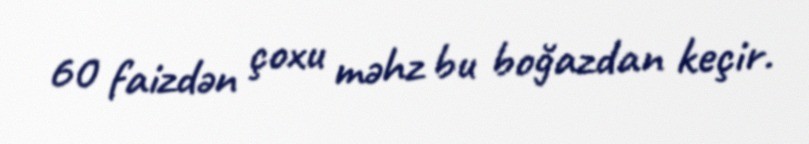
60 faizdən çoxu məhz bu boğazdan keçir.